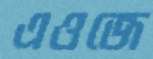
এওজে